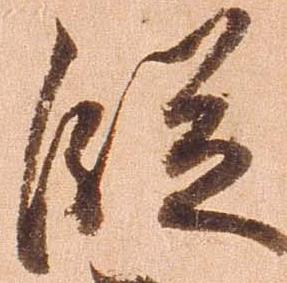
段